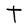
Character: T